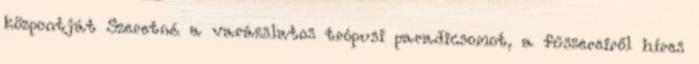
központját Szeretné a varázslatos trópusi paradicsomot, a fűszereiről híres